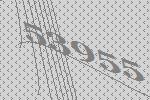
53955